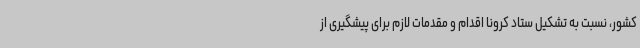
کشور، نسبت به تشکیل ستاد کرونا اقدام و مقدمات لازم برای پیشگیری از